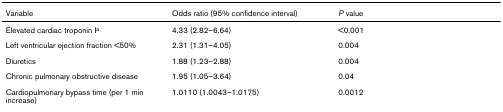
| Variable | Odds ratio (95% confidence interval) | P value |
 | --- | --- | --- |
 | Elevated cardiac troponin Ia | 4.33 (2.82–6.64) | <0.001 |
 | Left ventricular ejection fraction <50% | 2.31 (1.31–4.05) | 0.004 |
 | Diuretics | 1.88 (1.23–2.88) | 0.004 |
 | Chronic pulmonary obstructive disease | 1.95 (1.05–3.64) | 0.04 |
 | Cardiopulmonary bypass time (per 1 min increase) | 1.0110 (1.0043–1.0175) | 0.0012 |